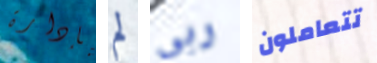
بإدارة لم ربى تتعاملون